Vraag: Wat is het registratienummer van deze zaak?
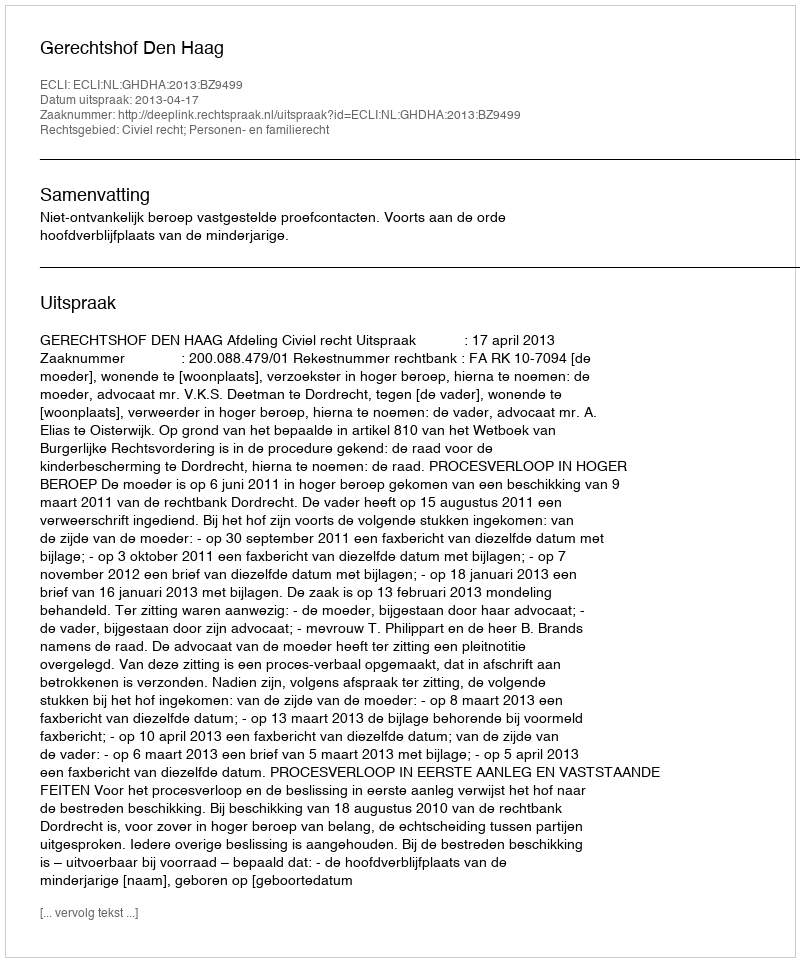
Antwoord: http://deeplink.rechtspraak.nl/uitspraak?id=ECLI:NL:GHDHA:2013:BZ9499